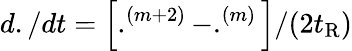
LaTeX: d./dt=\left[.^{(m+2)}-.^{(m)}\right]/(2t_{\mathrm{R}})